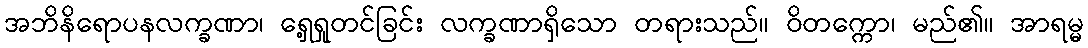
အဘိနိရောပနလက္ခဏာ၊ ရှေ့ရှုတင်ခြင်း လက္ခဏာရှိသော တရားသည်။ ဝိတက္ကော၊ မည်၏။ အာရမ္မ